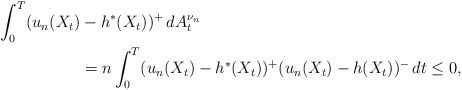
\begin{align*}\int_{0}^{T}(u_{n}(X_{t})&-h^{*}(X_{t}))^{+}\,dA_{t}^{\nu_{n}}\\&= n \int_{0}^{T}(u_{n}(X_{t})-h^{*}(X_{t}))^{+}(u_{n}(X_{t})-h(X_{t}))^{-}\,dt \le 0,\end{align*}